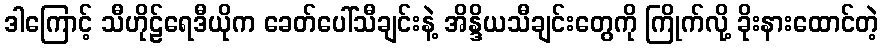
ဒါကြောင့် သီဟိုဠ်ရေဒီယိုက ခေတ်ပေါ်သီချင်းနဲ့ အိန္ဒိယသီချင်းတွေကို ကြိုက်လို့ ခိုးနားထောင်တဲ့